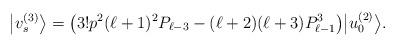
LaTeX: \begin{gather*}\big|v_s^{(3)}\big\rangle = \big(3! p^2 (\ell+1)^2 P_{\ell-3} - (\ell+2) (\ell+3) P_{\ell-1}^3\big) \big|u_0^{(2)}\big\rangle .\end{gather*}